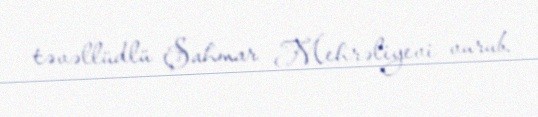
təvəllüdlü Şahmar Mehrəliyevi vurub.